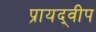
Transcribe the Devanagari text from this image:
प्रायद्‍वीप